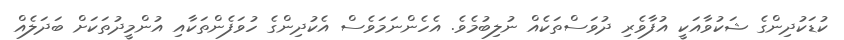
ކުޑަކުދިންގެ ޝަކުވާއަކީ އުފާވެރި ދުވަސްތަކެއް ނުލިބުމެވެ. އެހެންނަމަވެސް އެކުދިންގެ ހުވަފެންތަކާއި އުންމީދުތަކަށް ބަދަލެއް